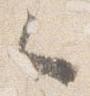
々